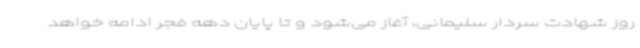
روز شهادت سردار سلیمانی، آغاز می‌شود و تا پایان دهه فجر ادامه خواهد